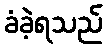
ခံခဲ့ရသည်